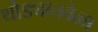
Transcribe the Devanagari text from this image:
थोड्याचवेळा